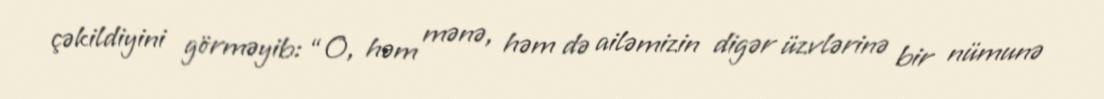
çəkildiyini görməyib: “O, həm mənə, həm də ailəmizin digər üzvlərinə bir nümunə